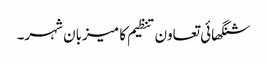
شنگھائی تعاون تنظیم کا میزبان شہر۔